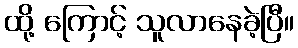
ထို့ ကြောင့် သူလာနေခဲ့ပြီ။